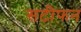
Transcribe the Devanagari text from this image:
सटीफन